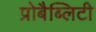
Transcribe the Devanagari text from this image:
प्रोबैब्लिटी